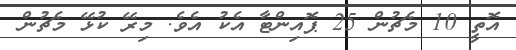
އޮތީ 10 މެޗުން 25 ޕޮއިންޓާ އެކު އެވެ. މިރޭ ކުޅޭ މެޗުން